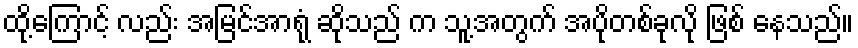
ထို့ကြောင့် လည်း အမြင်အာရုံ ဆိုသည် က သူ့အတွက် အပိုတစ်ခုလို ဖြစ် နေသည်။